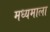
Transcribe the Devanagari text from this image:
मध्यमाला